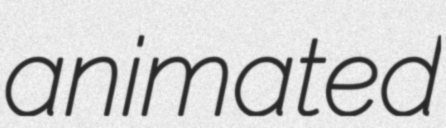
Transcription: animated